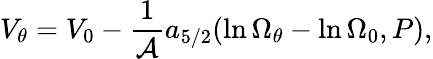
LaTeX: V_{\theta}=V_{0}-{\frac{1}{\cal A}}a_{5/2}(\ln\Omega_{\theta}-\ln\Omega_{0},P),